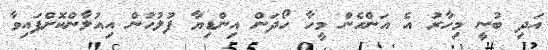
އަދި ބުނީ މިހާރު އެ އަންހެން މީހާ ހޯދަން އިންޑިޔާ ފުލުހުން އިއުލާންކޮށްފައިވާ